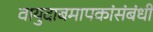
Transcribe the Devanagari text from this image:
वायुदाबमापकांसंबंधी